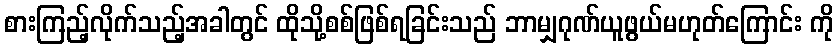
စားကြည့်လိုက်သည့်အခါတွင် ထိုသို့စစ်ဖြစ်ရခြင်းသည် ဘာမျှဂုဏ်ယူဖွယ်မဟုတ်ကြောင်း ကို